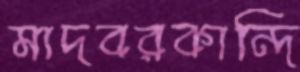
মাদবরকান্দি